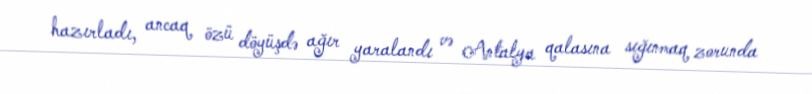
hazırladı, ancaq özü döyüşdə ağır yaralandı və Antalya qalasına sığınmaq zorunda